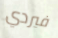
فيردي